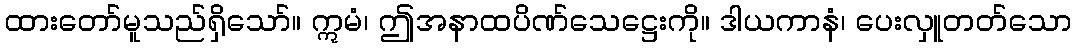
ထားတော်မူသည်ရှိသော်။ ဣမံ၊ ဤအနာထပိဏ်သေဋ္ဌေးကို။ ဒါယကာနံ၊ ပေးလှူတတ်သော